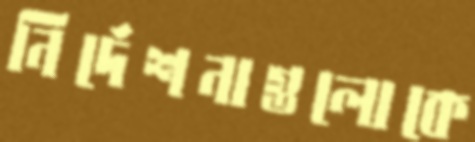
নির্দেশনাগুলোকে